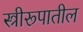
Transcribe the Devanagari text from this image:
स्त्रीरूपातील